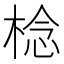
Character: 棯